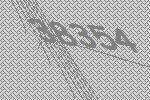
38354